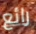
رائع